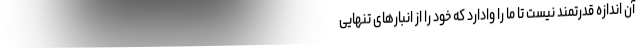
آن اندازه قدرتمند نیست تا ما را وادارد که خود را از انبارهای تنهاییِ